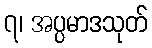
၇၊ အပ္ပမာဒသုတ်